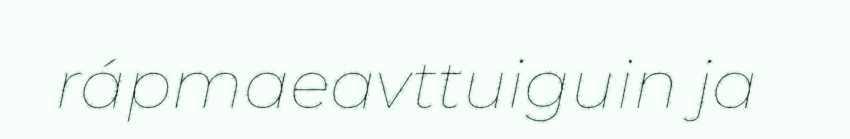
rápmaeavttuiguin ja